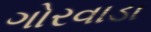
ગોરવાડા